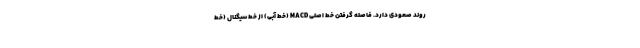
روند صعودی دارد. فاصله گرفتن خط اصلی MACD (خط آبی) از خط سیگنال (خط